system: You are a helpful assistant.
user:
Analyze the provided spectrum to determine if it is a **M-type Giant (gM)**.

A M-type Giant spectrum is defined by its **strong molecular absorption** features, particularly from **Titanium Oxide (TiO)**. You must check for one of the following mutually exclusive signatures:

- **Key Visual Indicators (Absorption-Dominated Spectrum):**

    - **(Primary):** The spectrum is dominated by strong molecular absorption from **Titanium Oxide (TiO)**. This is the **defining feature** of its M-type temperature class.
        - **(Key Bandheads):** Look for sharp, "saw-tooth" absorption valleys. The strongest are located near **~7050 Å**, **~6160 Å**, and **~5170 Å**.
        - **(Line Profile):** The "saw-tooth" morphology is critical: a **sharp, steep drop on the BLUE (short-wavelength) side** of the bandhead, followed by a gradual recovery (rising flux) towards the RED (long-wavelength) side.

    - **(Key Confirmation - Giant vs. Dwarf):** **ABSENCE** of strong **Calcium Hydride (CaH)** molecular bands. This is the primary diagnostic for *excluding* M-dwarfs.
        - **(Key Region):** The spectrum should lack the strong, broad absorption band seen in dwarfs between **~6800 Å and ~7000 Å**.

    - **(Secondary Confirmation - Giant):** A very strong and broad **Neutral Calcium (Ca I)** atomic absorption line.
        - **(Key Line):** Located at **~4226 Å**. In a giant (gM), this line is significantly deeper and broader than the same line in an M-dwarf (dM) due to low surface gravity.

    - **(Overall Spectrum):**
        - The continuum is **extremely red-sloping** (i.e., flux is very low in the blue and rises dramatically towards the red).
        - The entire spectrum appears "chopped up" by the deep TiO bands.

Think first, call **spectral_visualization_tool** if needed to examine features in detail, then provide your final answer. Your response must adhere to the following strict rules:
1.  **Overall Structure:** Your response must follow the format `<think>...</think> <tool_call>...</tool_call> (if a tool is used) <answer>...</answer>`.
2.  **Tool Usage Constraint:** You may only make **one** tool call per turn.
3.  **Final Answer Format:** In the `<answer>` tag, your conclusion must be inside a `\boxed{}` command (e.g., `\boxed{YES}` or `\boxed{NO}`), followed by your justification.

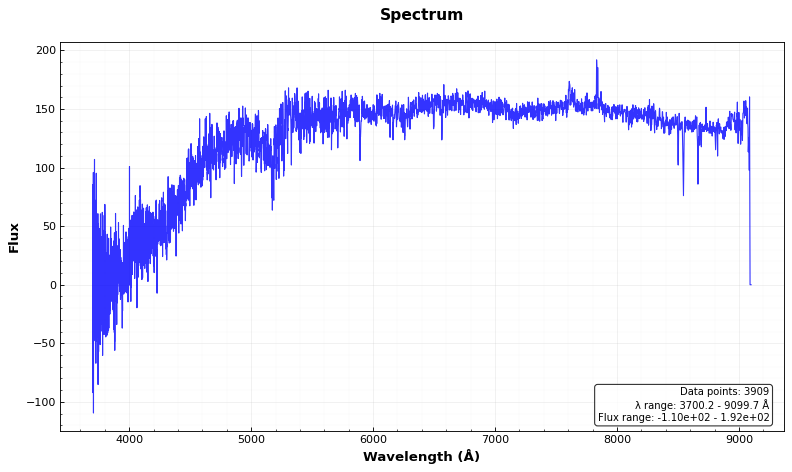
Answer: NO